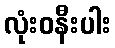
လုံးဝနီးပါး